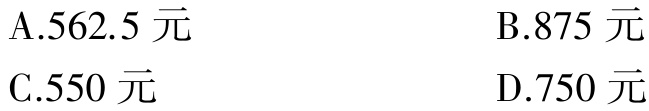
A.562.5 元

B.875 元

C.550 元

D.750 元